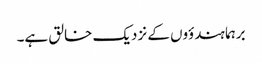
برہما ہندؤوں کے نزدیک خالق ہے۔